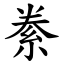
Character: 絭